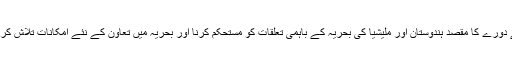
ان کے دورے کا مقصد ہندوستان اور ملیشیا کی بحریہ کے باہمی تعلقات کو مستحکم کرنا اور بحریہ میں تعاون کے نئے امکانات تلاش کرنا ہے۔